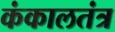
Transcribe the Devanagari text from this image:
कंकालतंत्र